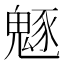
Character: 𩳟